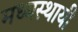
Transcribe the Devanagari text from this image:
मध्यस्थायी